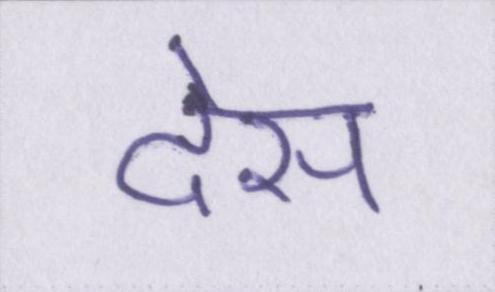
देस